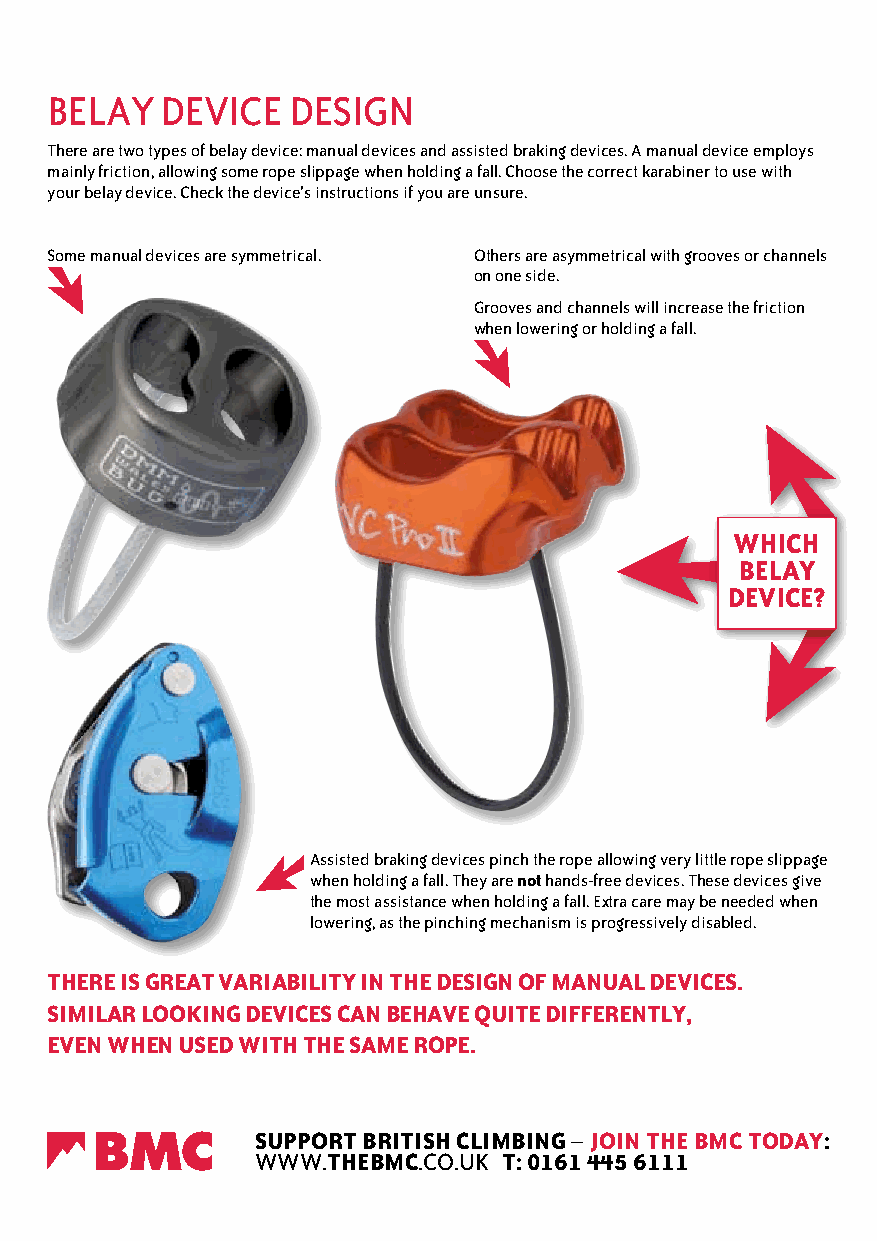
BelAY   deviCe  deSign
 there are two types of belay device: manual devices and assisted braking devices. A manual device employs
 mainly friction, allowing some rope slippage when holding a fall. Choose the correct karabiner to use with
 your belay device. Check the device’s instructions if you are unsure.
 Some manual devices are symmetrical. others are asymmetrical with grooves or channels
 on one side.
 grooves and channels will increase the friction
 when lowering or holding a fall.
 wHiCH
 BeLaY
 deviCe?
 Assisted braking devices pinch the rope allowing very little rope slippage
 when holding a fall. they are not hands-free devices. these devices give
 the most assistance when holding a fall. extra care may be needed when
 lowering, as the pinching mechanism is progressively disabled.
 THere is greaT variaBiLiTY in THe design Of ManuaL deviCes.
 siMiLar LOOKing deviCes Can BeHave quiTe differenTLY,
 even wHen used wiTH THe saMe rOpe.
 suppOrT BriTisH CLiMBing – jOin THe BMC TOdaY:
 WWW.THeBMC.Co.uk T: 0161 445 6111